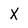
Character: X